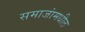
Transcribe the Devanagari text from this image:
समाजांमधील